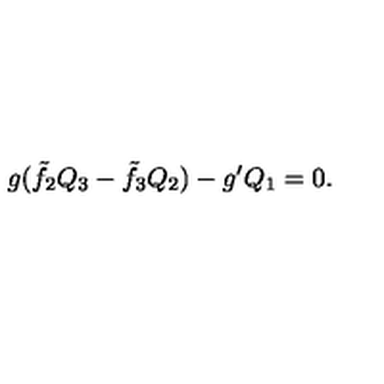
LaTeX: g ( \tilde { f } _ { 2 } Q _ { 3 } - \tilde { f } _ { 3 } Q _ { 2 } ) - g ^ { \prime } Q _ { 1 } = 0 .